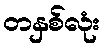
တနှစ်လုံး